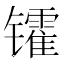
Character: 𫔓